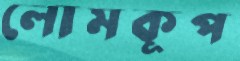
লোমকূপ